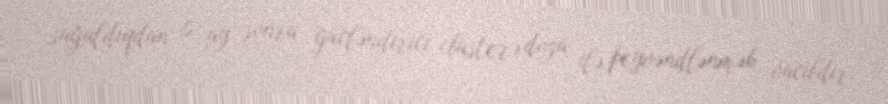
sağaldıqdan 6 ay sonra gücləndirici (buster) doza ilə peyvəndlənmək vacibdir.